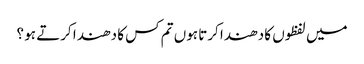
میں لفظوں کا دھندا کرتا ہوں تم کس کا دھندا کرتے ہو ؟